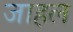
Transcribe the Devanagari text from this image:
जाहल